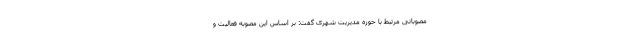
مصوباتی مرتبط با حوزه مدیریت شهری گفت: بر‌ اساس این مصوبه فعالیت و